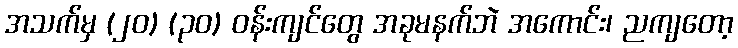
အသက်မှ (၂၀) (၃၀) ဝန်းကျင်တွေ အခုမနက်ဘဲ အကောင်း၊ ညကျတော့